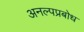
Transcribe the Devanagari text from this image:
अनल्पप्रबोध